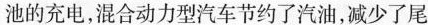
池的充电，混合动力型汽车节约了汽油，减少了尾